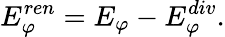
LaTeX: E_{\varphi}^{ren}=E_{\varphi}-E_{\varphi}^{div}.